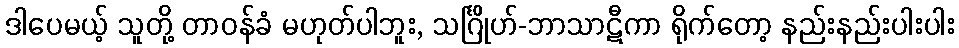
ဒါပေမယ့် သူတို့ တာဝန်ခံ မဟုတ်ပါဘူး, သင်္ဂြိုဟ်-ဘာသာဋီကာ ရိုက်တော့ နည်းနည်းပါးပါး